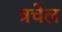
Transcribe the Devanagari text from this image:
त्रचेल